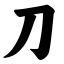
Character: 刀